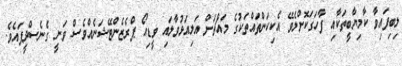
ލިބިފައިވާ ކާމިޔާބީތަކާއި ފާހަގަކޮށްލެވޭ އެކިކަންތައްތަކުގެ މައްޗަށް އަލިއަޅުވާލައި ވީޑިއޯ ޕްރެޒެންޓޭޝަނެއްވެސް ވަނީ ގެނެސްދީފައެވެ.